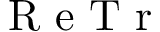
\mathrm { ~ R ~ e ~ T ~ r ~ }